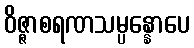
ဝိဇ္ဇာစရဏသမ္ပန္နောပေ